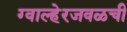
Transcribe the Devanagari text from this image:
ग्वाल्हेरजवळची